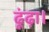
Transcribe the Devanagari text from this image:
ढूंढ़ा।